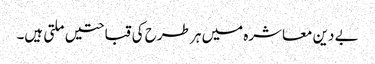
بے دین معاشرہ میں ہر طرح کی قباحتیں ملتی ہیں۔